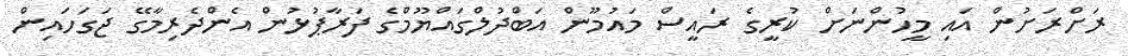
ރަށްރަށުން އައި މީހުންނަށް ކުރީގެ ރައީސް މައުމޫން އަބްދުލްގައްޔޫމްގެ ފަރާޕުޅުން އެންދެރިމާގޭ ޖަގަހައިން